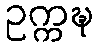
ဥက္ကဍ္ဎ